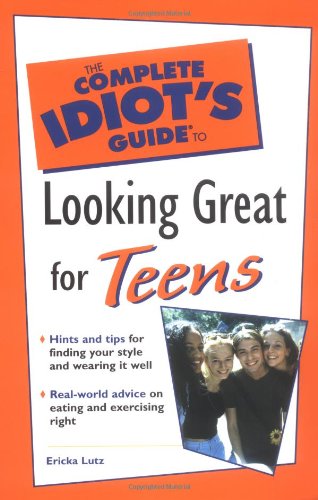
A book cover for Complete Idiot's Guide to Looking Great for Teens (The Complete Idiot's Guide); Ericka Lutz; Teen & Young Adult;